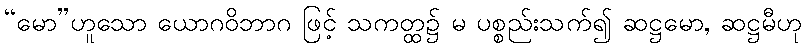
“မော”ဟူသော ယောဂဝိဘာဂ ဖြင့် သကတ္ထ၌ မ ပစ္စည်းသက်၍ ဆဋ္ဌမော, ဆဋ္ဌမီဟု